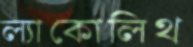
ল্যাকোলিথ